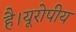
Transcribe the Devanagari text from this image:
है।यूरोपीय